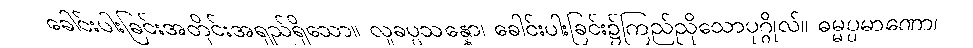
ခေါင်းပါးခြင်းအတိုင်းအရှည်ရှိသော။ လူခပ္ပသန္နော၊ ခေါင်းပါးခြင်း၌ကြည်ညိုသောပုဂ္ဂိုလ်။ ဓမ္မပ္ပမာဏော၊